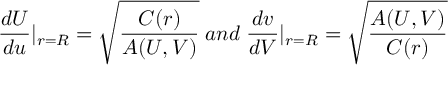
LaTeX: \frac { d U } { d u } | _ { r = R } = \sqrt { \frac { C ( r ) } { A ( U , V ) } } \; a n d \; \frac { d v } { d V } | _ { r = R } = \sqrt { \frac { A ( U , V ) } { C ( r ) } }